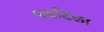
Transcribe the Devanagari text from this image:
पकटिला